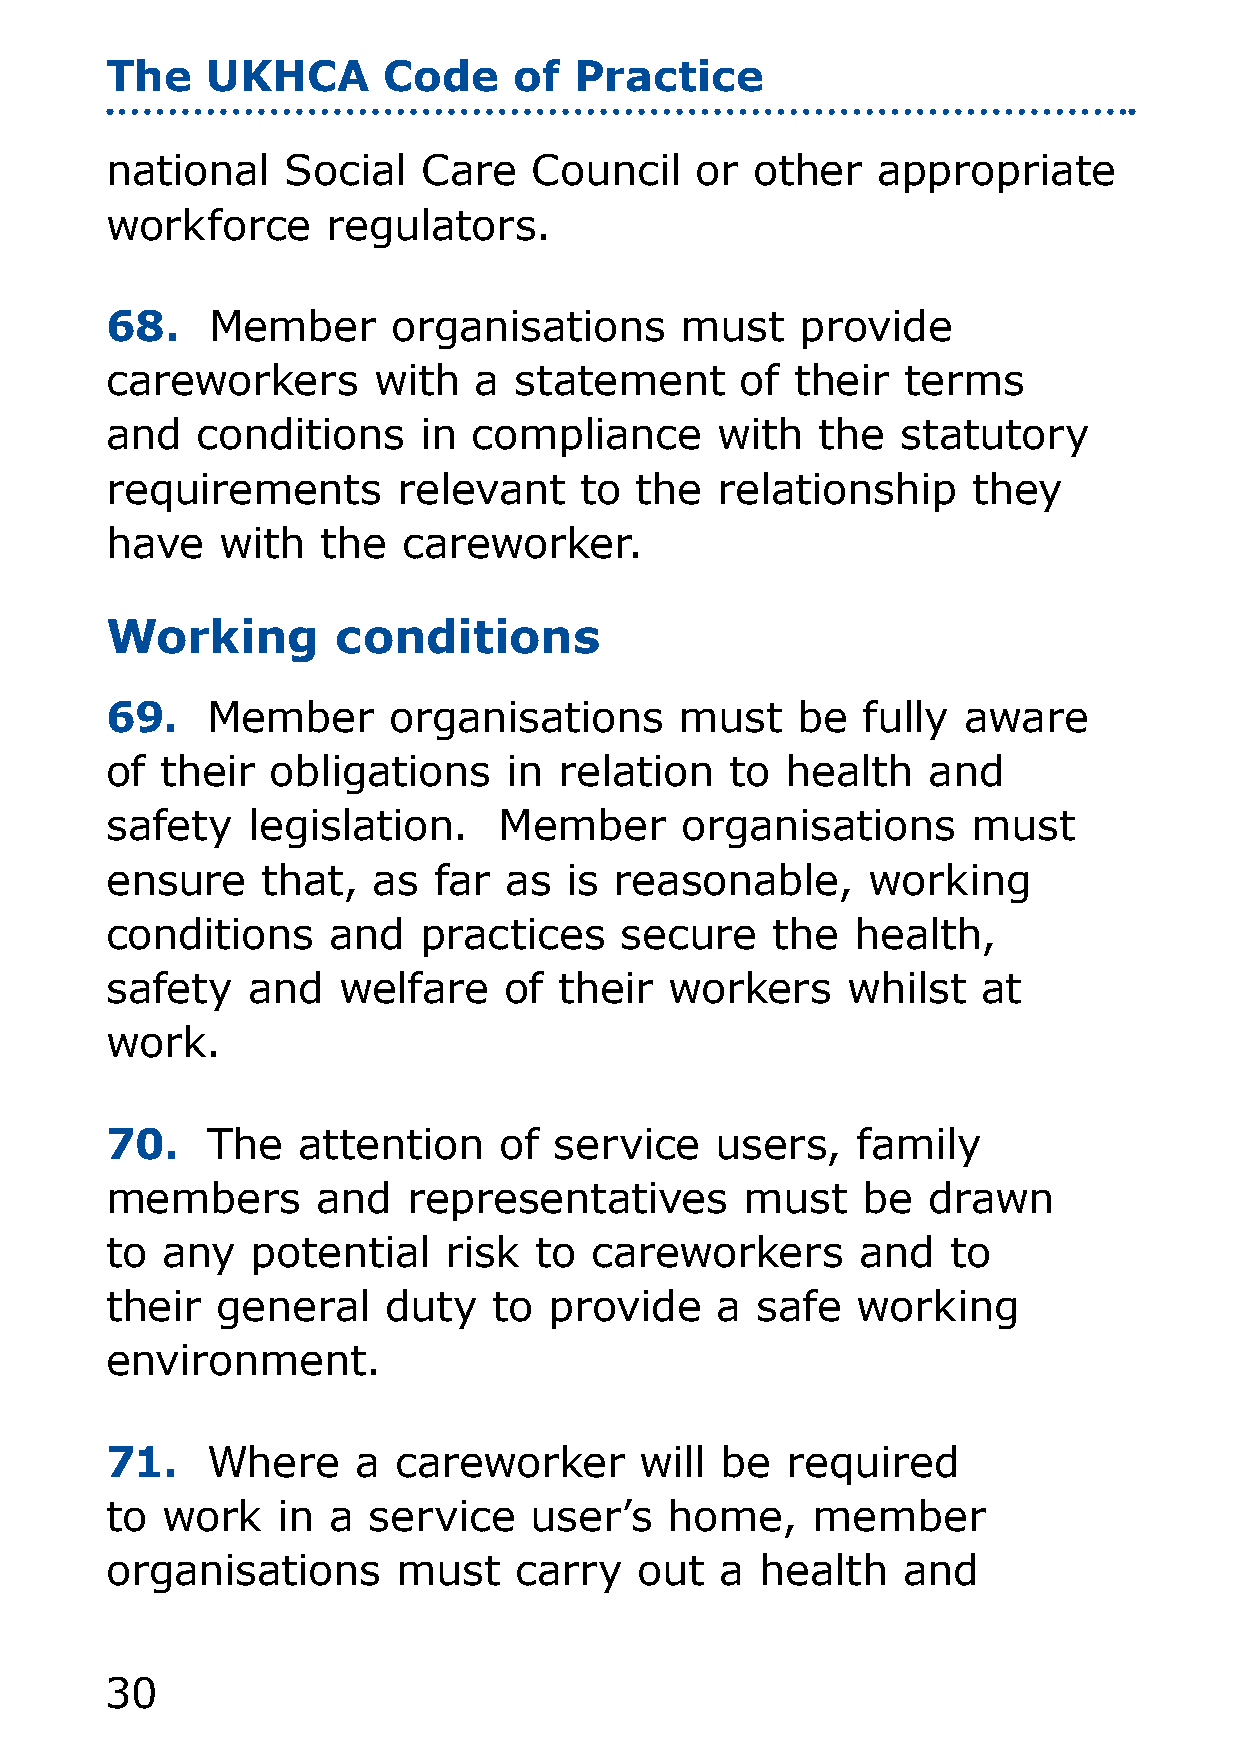
The    UKHCA      Code     of  Practice
 national    Social   Care   Council    or  other   appropriate
 workforce      regulators.
 68.    Member      organisations      must    provide
 careworkers       with  a  statement      of  their  terms
 and   conditions     in compliance      with   the   statutory
 requirements       relevant    to  the  relationship     they
 have   with   the   careworker.
 Working        conditions
 69.    Member      organisations      must    be  fully  aware
 of  their  obligations     in relation   to  health   and
 safety   legislation.     Member      organisations      must
 ensure    that,   as  far as   is reasonable,     working
 conditions     and   practices    secure    the   health,
 safety   and   welfare    of  their  workers     whilst   at
 work.
 70.    The   attention    of  service   users,    family
 members       and   representatives       must    be  drawn
 to  any   potential   risk  to  careworkers       and   to
 their  general    duty    to provide    a  safe   working
 environment.
 71.    Where     a careworker      will  be  required
 to  work   in  a service    user’s   home,     member
 organisations      must    carry   out   a health    and
 30